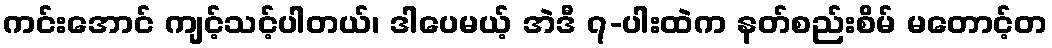
ကင်းအောင် ကျင့်သင့်ပါတယ်၊ ဒါပေမယ့် အဲဒီ ၇-ပါးထဲက နတ်စည်းစိမ် မတောင့်တ